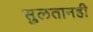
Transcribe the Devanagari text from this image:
सुलतानही